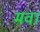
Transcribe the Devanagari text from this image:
मवा